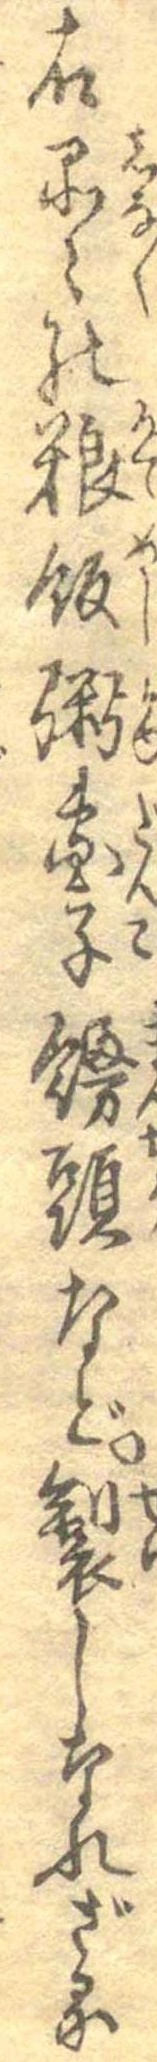
右品々の糧飯粥団子饅頭など製しなれざるに